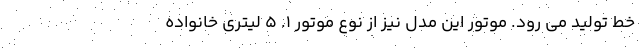
خط تولید می رود. موتور این مدل نیز از نوع موتور 1. 5 لیتری خانواده